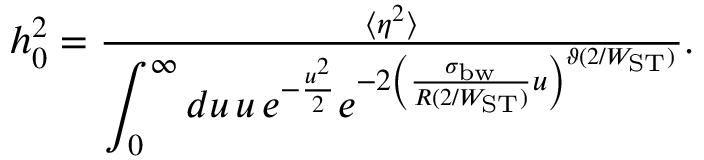
\begin{array} { r } { h _ { 0 } ^ { 2 } = \frac { \langle \eta ^ { 2 } \rangle } { \displaystyle { \int _ { 0 } ^ { \infty } d u \, u \, e ^ { - \frac { u ^ { 2 } } { 2 } } e ^ { - 2 \left( \frac { \sigma _ { \mathrm { b w } } } { R ( 2 / W _ { \mathrm { S T } } ) } u \right) ^ { \vartheta ( 2 / W _ { \mathrm { S T } } ) } } } } . } \end{array}